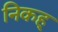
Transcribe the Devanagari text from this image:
निकह्